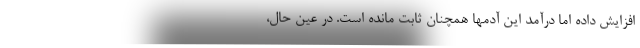
افزایش داده اما درآمد این آدمها همچنان ثابت مانده است. در عین حال،